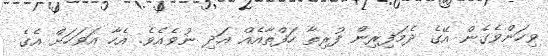
ވިހަންވެގެން އޭގެ ދެމަފިރިން ފުރިތާ ހަފްތާއެއް އަދި ނުވެއެވެ. އެހާ އަވަހަށް އެގެ